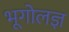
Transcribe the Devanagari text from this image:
भूगोलज्ञ